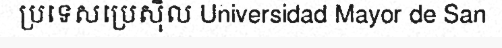
ប្រទេសប្រេស៊ីល Universidad Mayor de San